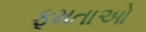
ફૂમતાઓ